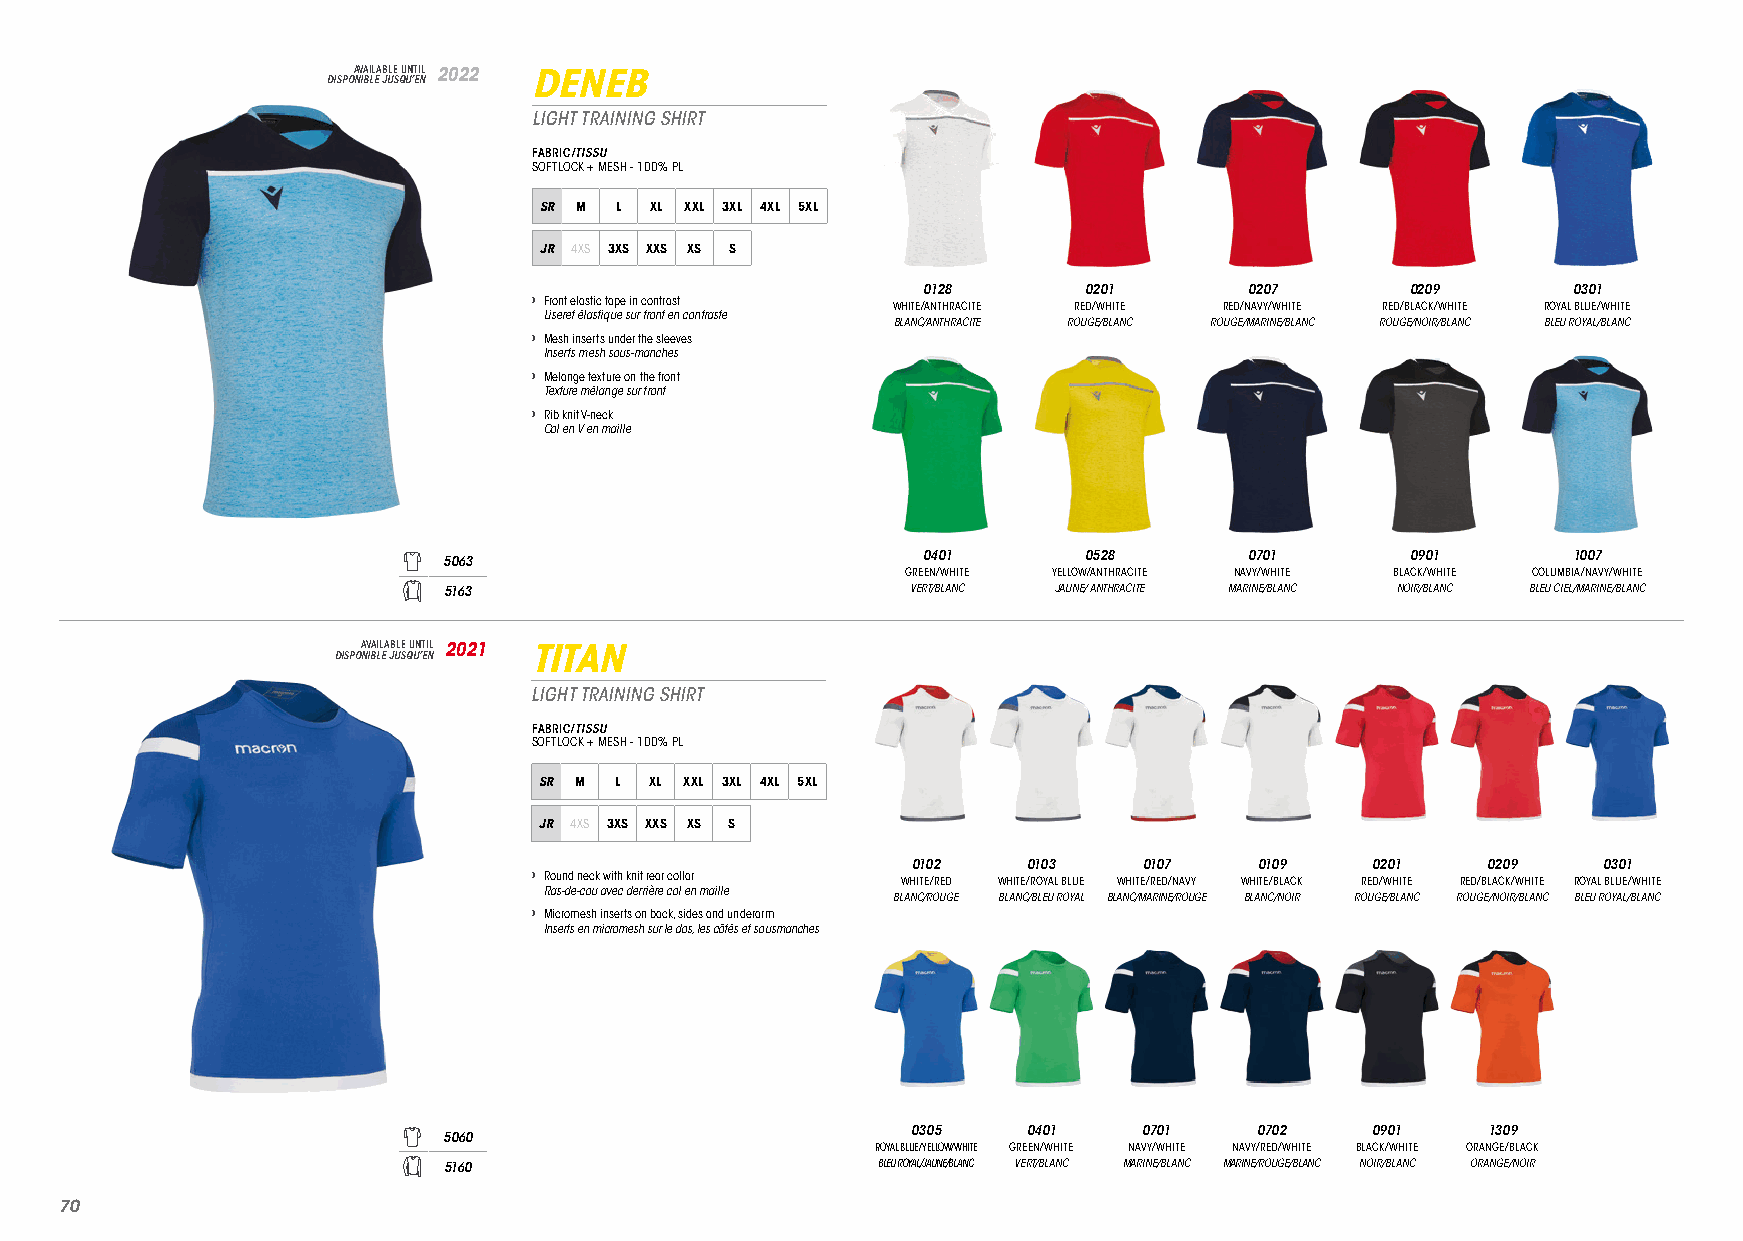
DISPOA NV IBA LIL EA JB ULE S QU UN ’T EI NL 2022 DENEB
 LIGHT TRAINING SHIRT
 FABRIC/TISSU
 SOFTLOCK + MESH - 100% PL
 SR M L XL XXL 3XL 4XL 5XL
 JR 4XS 3XS XXS XS S
 0128       0201       0207      0209       0301
 › Front elastic tape in contrast
 WHITE/ANTHRACITE RED/WHITE RED/NAVY/WHITE RED/BLACK/WHITE ROYAL BLUE/WHITE
 Liseret élastique sur front en contraste
 BLANC/ANTHRACITE ROUGE/BLANC ROUGE/MARINE/BLANC ROUGE/NOIR/BLANC BLEU ROYAL/BLANC
 › Mesh inserts under the sleeves
 Inserts mesh sous-manches
 › Melange texture on the front
 Texture mélange sur front
 › Rib knit V-neck
 Col en V en maille
 0401       0528       0701      0901       1007
 5063
 GREEN/WHITE YELLOW/ANTHRACITE NAVY/WHITE BLACK/WHITE COLUMBIA/NAVY/WHITE
 5163                           VERT/BLANC JAUNE/ ANTHRACITE MARINE/BLANC NOIR/BLANC BLEU CIEL/MARINE/BLANC
 DISPOA NV IBA LIL EA JB ULE S QU UN ’T EI NL 2021 TITAN
 LIGHT TRAINING SHIRT
 FABRIC/TISSU
 SOFTLOCK + MESH - 100% PL
 SR M L XL XXL 3XL 4XL 5XL
 JR 4XS 3XS XXS XS S
 0102    0103    0107   0109    0201   0209    0301
 › Round neck with knit rear collar WHITE/RED WHITE/ROYAL BLUE WHITE/RED/NAVY WHITE/BLACK RED/WHITE RED/BLACK/WHITE ROYAL BLUE/WHITE
 Ras-de-cou avec derrière col en maille
 BLANC/ROUGE BLANC/BLEU ROYAL BLANC/MARINE/ROUGE BLANC/NOIR ROUGE/BLANC ROUGE/NOIR/BLANC BLEU ROYAL/BLANC
 › Micromesh inserts on back, sides and underarm
 Inserts en micromesh sur le dos, les côtés et sousmanches
 0305    0401    0701   0702    0901   1309
 5060
 ROYAL BLUE/YELLOW/WHITE GREEN/WHITE NAVY/WHITE NAVY/RED/WHITE BLACK/WHITE ORANGE/BLACK
 5160                         BLEU ROYAL/JAUNE/BLANC VERT/BLANC MARINE/BLANC MARINE/ROUGE/BLANC NOIR/BLANC ORANGE/NOIR
 7700